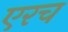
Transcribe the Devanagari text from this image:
एरच